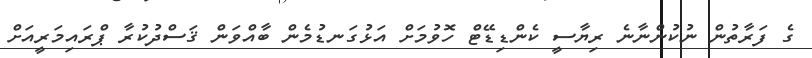
ގެ ފަރާތުން ނުކުންނާނެ ރިޔާސީ ކެންޑިޑޭޓް ހޮވުމަށް އަޅުގަނޑުމެން ބާއްވަން ޤަސްދުކުރާ ޕްރައިމަރީއަށް